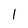
Character: 1